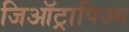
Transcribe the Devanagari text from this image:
जिऑट्रापिज्म